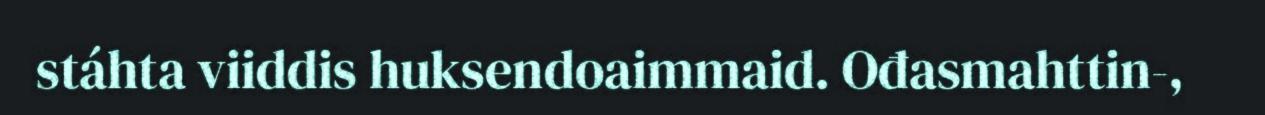
stáhta viiddis huksendoaimmaid. Ođasmahttin-,